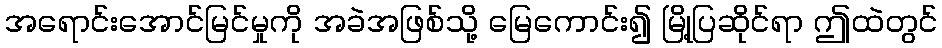
အရောင်းအောင်မြင်မှုကို အခဲအဖြစ်သို့ မြေကောင်း၍ မြို့ပြဆိုင်ရာ ဤထဲတွင်